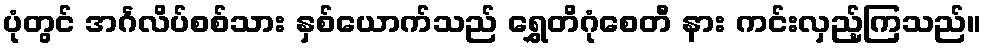
ပုံတွင် အင်္ဂလိပ်စစ်သား နှစ်ယောက်သည် ရွှေတိဂုံစေတီ နား ကင်းလှည့်ကြသည်။